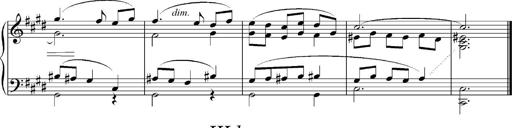
Title: Sonatina No.5
Composer: Otto Stoll
Key: F-sharp minor